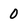
Character: 0